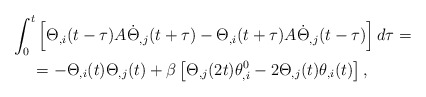
\begin{align*}\begin{aligned}\int_{0}^{t} & \left[\Theta_{,i}(t-\tau)A\dot{\Theta}_{,j}(t+\tau)-\Theta_{,i}(t+\tau)A\dot{\Theta}_{,j}(t-\tau)\right]d\tau=\\ & \negmedspace=-\Theta_{,i}(t)\Theta_{,j}(t)+\beta\left[\Theta_{,j}(2t)\theta_{,i}^{0}-2\Theta_{,j}(t)\theta_{,i}(t)\right],\end{aligned}\end{align*}